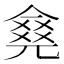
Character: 𠎛